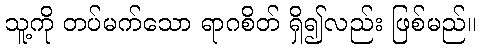
သူ့ကို တပ်မက်သော ရာဂစိတ် ရှိ၍လည်း ဖြစ်မည်။